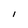
Character: I